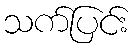
သက်ပြင်း